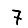
Digit: 7